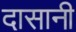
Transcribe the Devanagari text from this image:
दासानी